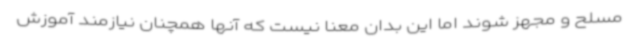
مسلح و مجهز شوند اما این بدان معنا نیست که آنها همچنان نیازمند آموزش